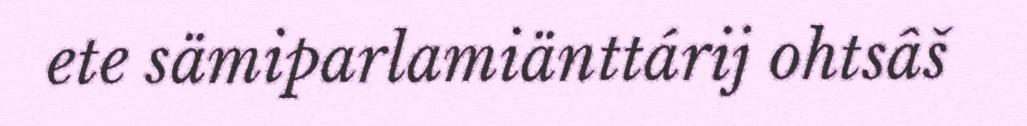
ete sämiparlamiänttárij ohtsâš